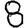
Digit: 8